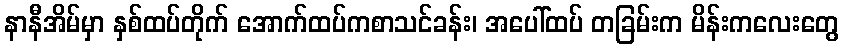
နာနီအိမ်မှာ နှစ်ထပ်တိုက် အောက်ထပ်ကစာသင်ခန်း၊ အပေါ်ထပ် တခြမ်းက မိန်းကလေးတွေ